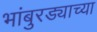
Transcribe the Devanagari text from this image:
भांबुरड्याच्‍या